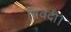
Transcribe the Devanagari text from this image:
त्रिवेदी।